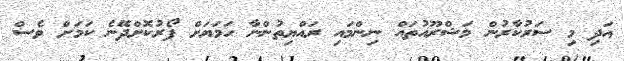
އަދި މި ސަރުކާރުން މަޝްރޫއުތައް ނިންމައި ރައްޔިތުންނާ ހަމަޔަށް ފޯރުކޮށްދޭނެ ކަމަށް ވެސް